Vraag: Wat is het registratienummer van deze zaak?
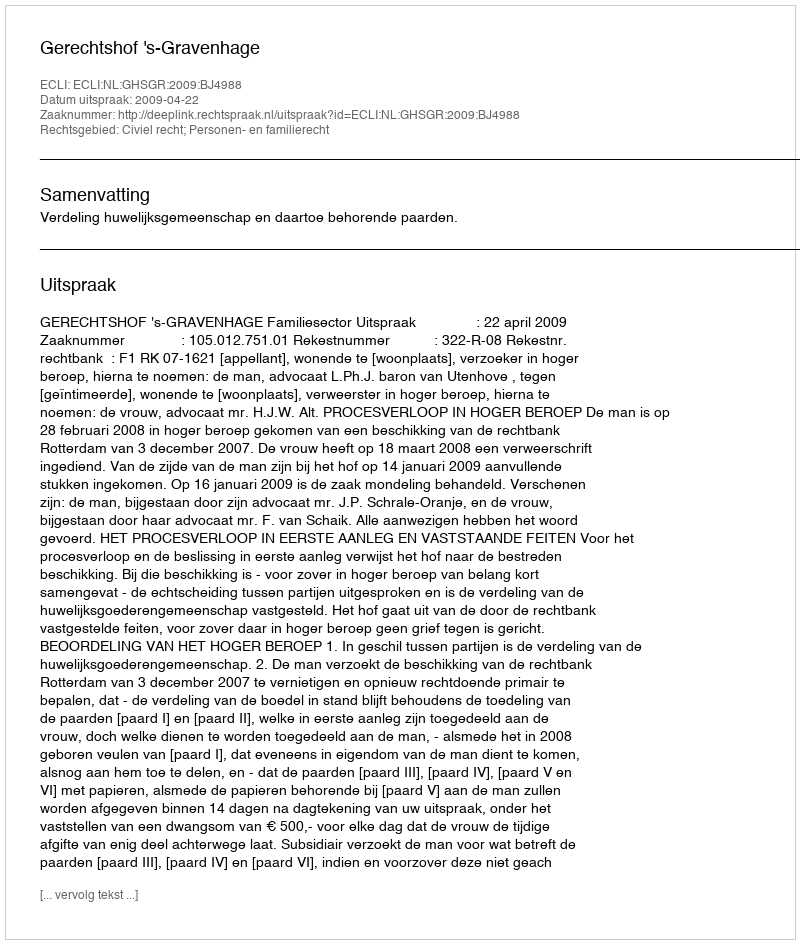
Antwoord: http://deeplink.rechtspraak.nl/uitspraak?id=ECLI:NL:GHSGR:2009:BJ4988